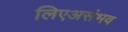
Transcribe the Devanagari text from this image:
लिएअसंभव